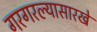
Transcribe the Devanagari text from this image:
गरगरल्यासारखे